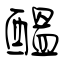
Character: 醞